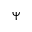
\Psi